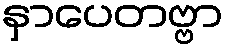
နှာပေတဗ္ဗာ